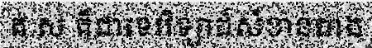
គ.ស គឺជាទេវវិទ្យាដ៏សំខាន់ជាង